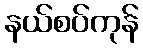
နယ်စပ်ကုန်